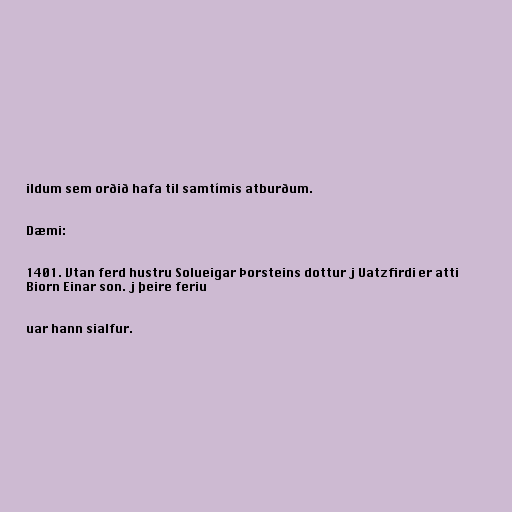
ildum sem orðið hafa til samtímis atburðum.

Dæmi:

1401. Vtan ferd hustru Solueigar Þorsteins dottur j Uatzfirdi er atti
Biorn Einar son. j þeire feriu

uar hann sialfur.